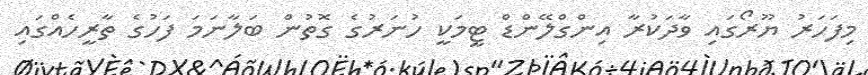
މިފަހަރު ޔޫރޯގައި ވާދަކުރާ އިންގްލޭންޑް ޓީމަކީ ހުނަރުގެ ގޮތުން ބަލާނަމަ ފަހުގެ ތާރީހެއްގައި